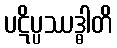
ပဋိပ္ပဿဒ္ဓါတိ